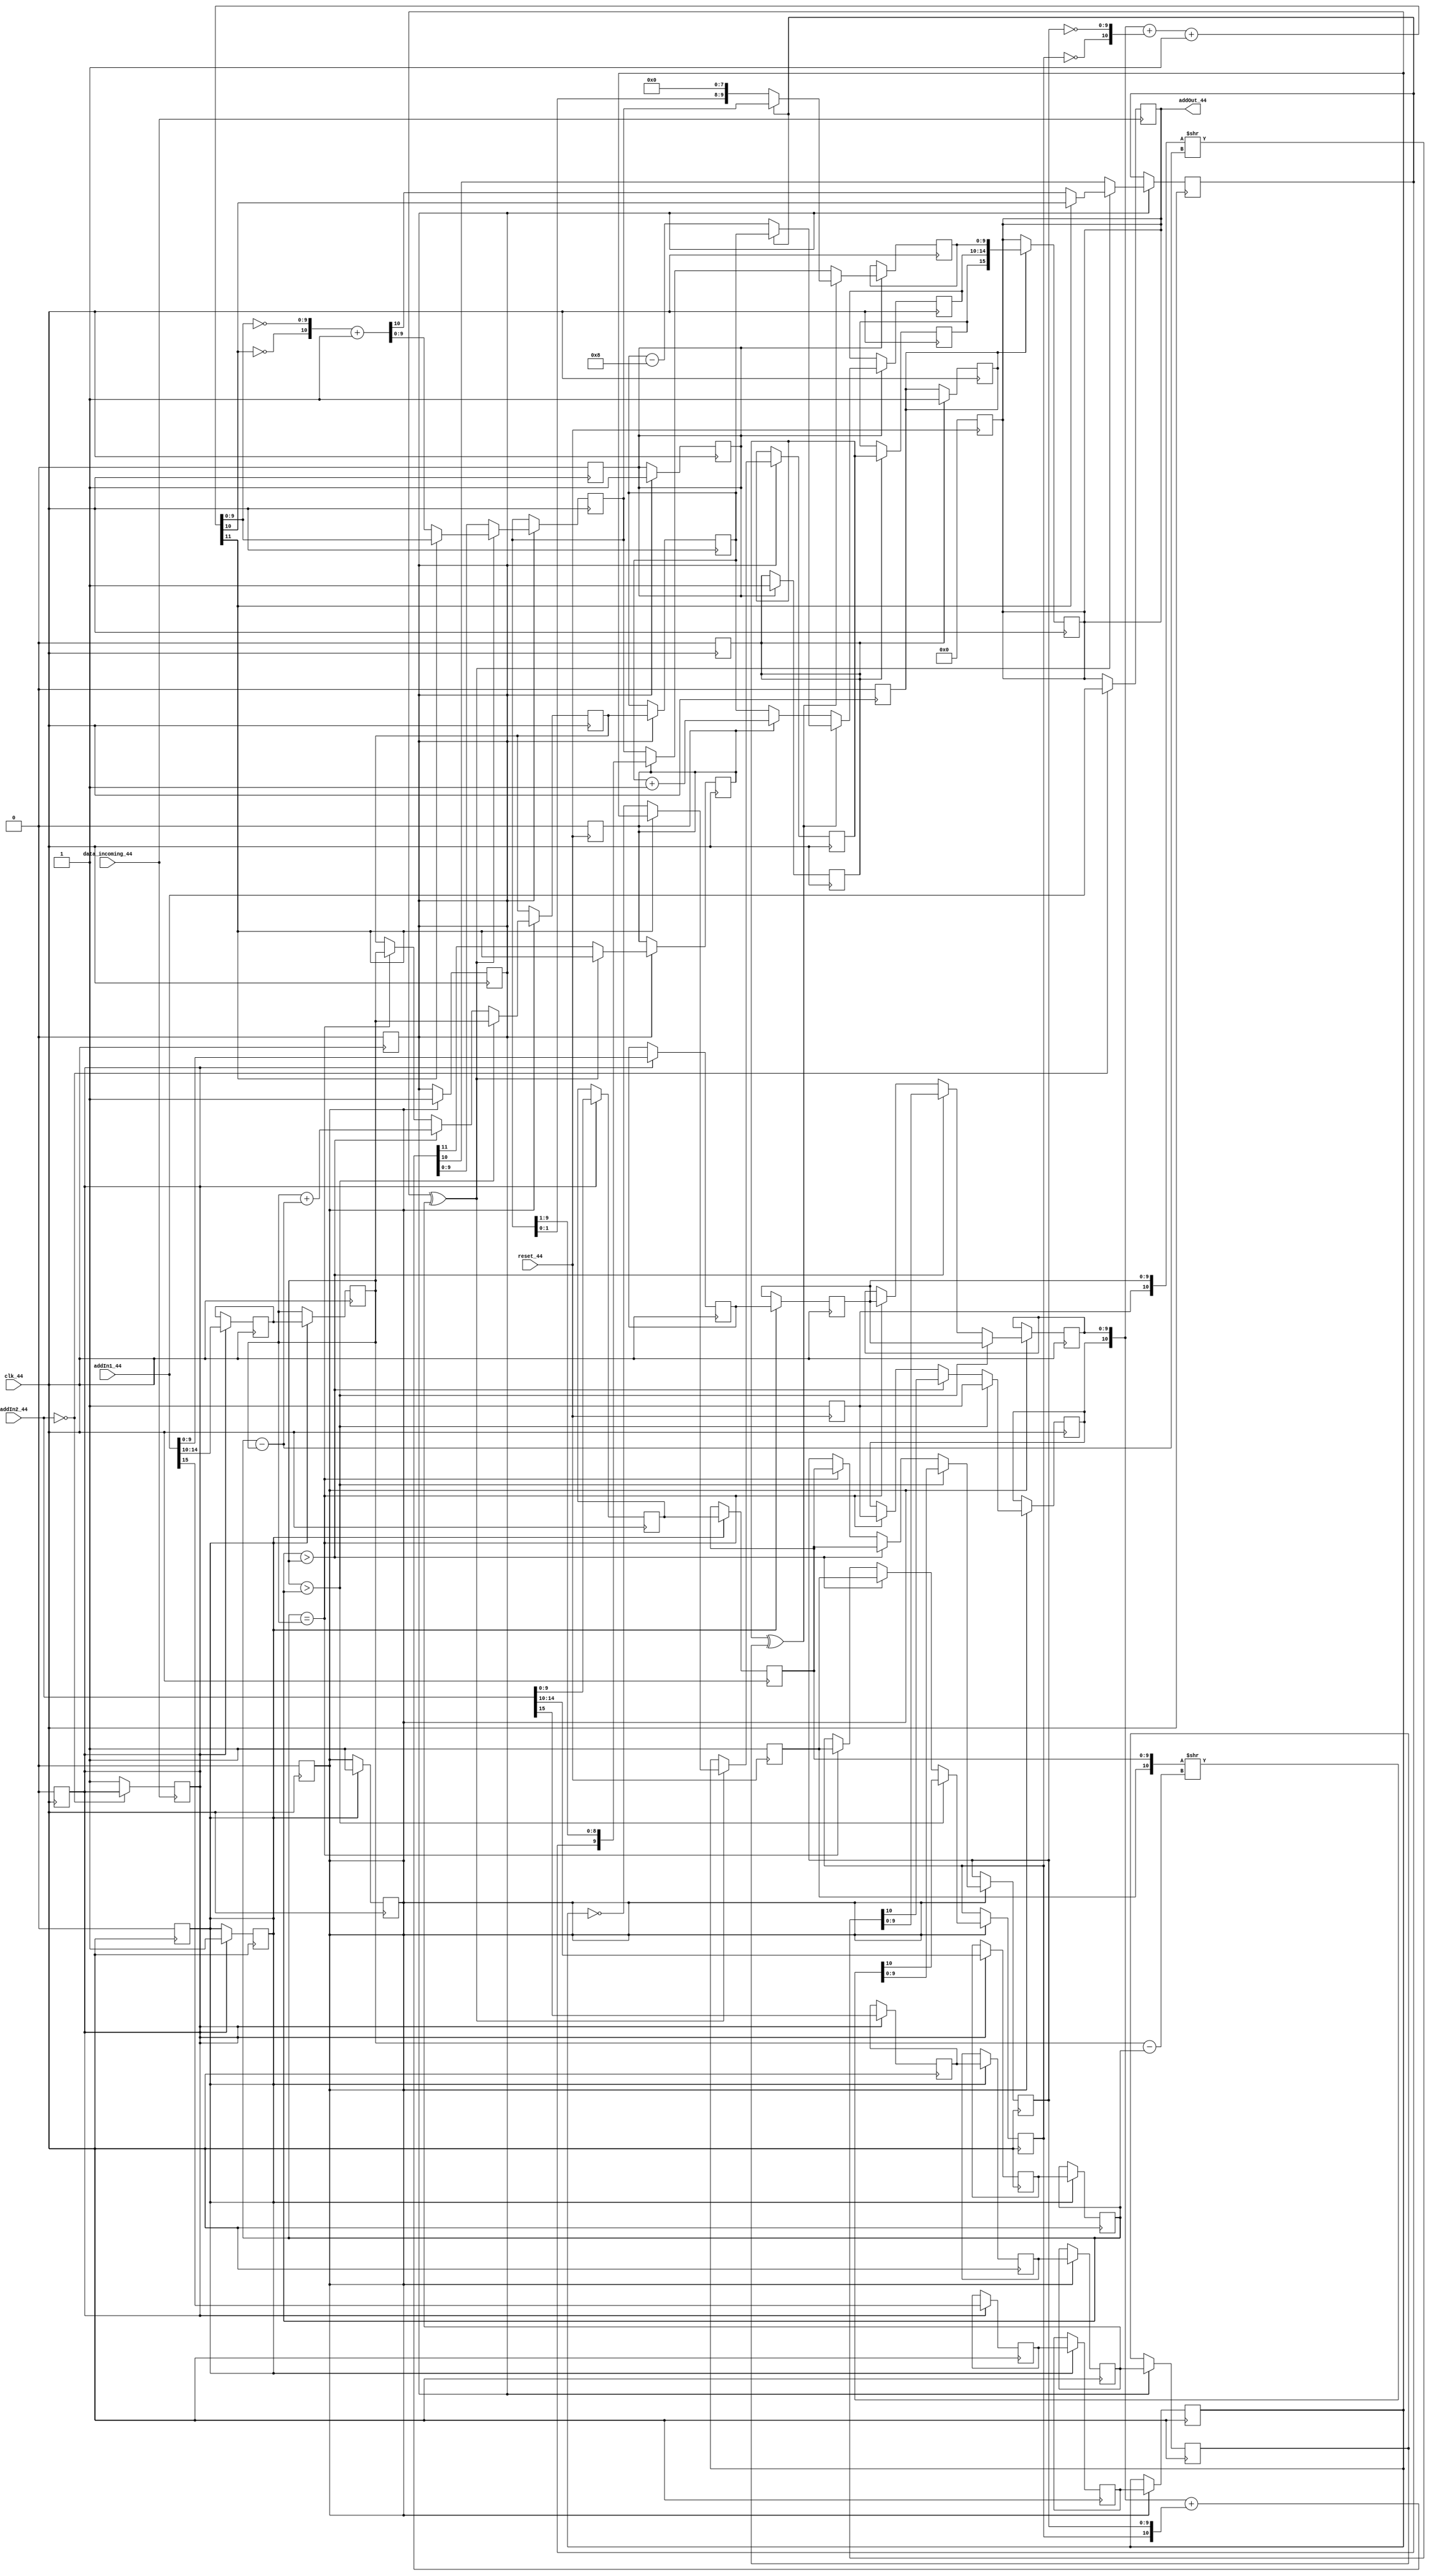


module myFloatAdd (addIn1_44,addIn2_44,addOut_44,clk_44,reset_44, data_incoming_44);

parameter	REG_SIZE = 16;
parameter	EXP_SIZE = 5;
parameter	FRA_SIZE = 10;
parameter	BIAS	 = 15;

input clk_44, reset_44, data_incoming_44;
input [REG_SIZE-1:0] addIn1_44,addIn2_44; // input data 
output reg [REG_SIZE-1:0] addOut_44; // summation result
reg d0,d1,d2,d3,d4,d5,data_ready, s1,s2,sr,read_en, E, A1,B1,A1_12, B1_12,A1_out,s1_12,s2_12,s1_23,s2_23,A1_23,E_23, done, norm_en,s1_t,s2_t,s1_out,s2_out; //sign bits
reg [EXP_SIZE-1:0] e1,e2,er,e1_12,e1_23,e2_12,e2_23,e1_t,e2_t,e1_out,e2_out;
reg [FRA_SIZE-1:0] f1,f2,fr,f1_12,f1_23,f2_12,f2_23,f1_t,f2_t,f1_out,f2_out;


function [FRA_SIZE-1:0] findOne (input [REG_SIZE-1:0] a);
/* count the number of iterations needed to find first 1 in input a*/
integer i;
reg [REG_SIZE-1:0] count;
begin 
	count = 16'b0;	
	for (i = FRA_SIZE-2; i>0; i=i-1) begin
		count = count+1;
		if (a[i] == 1) i = 0;
	end
	findOne = count;
	$display ("The shift amount is %d", findOne);
end
	
endfunction

//RESET initializations
always @ (negedge reset_44) begin

	E_23 =1'b0;
	done = 1'b1;
	A1 =1'b1;
	B1 =1'b1;
	read_en =1'b1;
	addOut_44 = 16'b0;
	$display("----> we start as this %b", addOut_44);
end

always @ (posedge data_incoming_44) begin
	
	if (!addIn2_44) begin
	addOut_44 <= addIn1_44;
	end
	else data_ready <= 1'b1;
	$display("----> 1.now this this %b", addOut_44);

end


//------------------------------------------------------------------------------------
always @ (posedge clk_44) begin 
if(data_ready) begin
	data_ready <= 1'b0;

	//break into components (sign, fraction, exponent)

	s1_t <= addIn1_44[REG_SIZE-1]; 
	s2_t <= addIn2_44[REG_SIZE-1]; // sign bits

	e1_t <= addIn1_44[REG_SIZE-2:REG_SIZE-EXP_SIZE-1];
	e2_t <= addIn2_44[REG_SIZE-2:REG_SIZE-EXP_SIZE-1];			 // exponents

	f1_t <= addIn1_44[FRA_SIZE-1:0];
	f2_t <= addIn2_44[FRA_SIZE-1:0]; 					// fractions

	d0 <= 1'b1;
	//$display("----> 1.now this this %b %b", addOut_44, {);
end
end

//input pipeline stage
always @ (posedge clk_44) begin 

if (d0) begin
	f1 <= f1_t;
	f2 <= f2_t;
	s1 <= s1_t;
	s2 <= s2_t;
	e1 <= e1_t;
	e2 <= e2_t;
	
	d0 <= 1'b0;
	d1 <= 1'b1;
end

end 



//-----------------------------------------------------------------------------
//compare exponents and align if needed

always @ (posedge clk_44) begin 
if (d1) begin
	$display("********1.BEGIN COMPARION OF EXPONENTS********"); 
	if (e1>e2) begin
	$display("E1>E2");
		{B1_12,f2_12} <= {B1,f2} >> (e1-e2);
		{A1_12,f1_12} <= {A1,f1};
		e2_12 <= e2 + (e1-e2);
		e1_12 <= e1;
		$display("{B1,f2} = %b, {B1_12,f2_12} = %b", {B1,f2},{B1_12,f2_12} );
	end

	else if (e2>e1) begin
	$display("E2>E1");	
		{A1_12,f1_12} <= {A1,f1} >> (e2-e1);
		{B1_12,f2_12} <= {B1,f2};
		e1_12 <= e1 + (e2-e1);
		e2_12 <= e2;
	end
	
	else if (e2==e1) begin
		{A1_12,f1_12} <= {A1,f1};
		{B1_12,f2_12} <= {B1,f2};
		e1_12 <= e1;
		e2_12 <= e2;
	end

	// stage 1->2 registers
	$display("********PIPELINE STAGE 1->2********"); 
	//f1_12 <= f1;
	//f2_12 <= f2;
	s1_12 <= s1;
	s2_12 <= s2;
	//e1_12 <= e1;
	//e2_12 <= e2;
	//A1_12 <= A1;
	//B1_12 <= B1;
	d1 <= 1'b0;
	d2 <= 1'b1;
end
end 

//----------------------------------------------------------------------------------------


//mantissa addition
always @ (posedge clk_44) begin
if(d2) begin
	$display("********2.BEGIN ADDITION******** , {A1_12,f1_12}= %b and {B1_12,f2_12}= %b @ time %t", {A1_12,f1_12}, {B1_12,f2_12}, $time); 
	if (!(s1_12^s2_12)) begin
		$display("********THE SIGNS ARE THE SAME********, @ time %t", $time);
		{E_23,A1_23,f1_23} = {A1_12,f1_12} + {B1_12,f2_12}; // if same sign
		s1_23 = s1_12;
	end
	else if ((s1_12^s2_12)) begin 													//if sign bit is 1
		$display("********THE SIGNS ARE DIFFERENT********, @ time %t", $time); 
		{E_23,A1_23,f1_23} = {A1_12,f1_12} + {~B1_12,~f2_12} + 1'b1;
		$display("\n\n\n IN TEST RESULTS {E_23,A1_23,f1_23}= %b s1_12=%b s2_12=%b \n\n\n ",{E_23,A1_23,f1_23}, s1_12, s2_12 );
		if (!E_23) begin
			{A1_23,f1_23} = {~A1_23,~f1_23} +1'b1; //??????????
			s1_23 = ~s1_12;
			$display("\n AFTER MANTISSA ADDITION with E_23=0 results are\nA1_23= %b, f1_23=%b",A1_23, f1_23);
		end
		else begin
			
		s1_23 = s1_12;
		
		end
	end

	//stage 2->3 registers

	$display("********PIPELINE STAGE 2->3********"); 
	//f1_23 <= f1_12;
	f2_23 = f2_12;
	//s1_23 <= s1_12;
	s2_23 = s2_12;
	e1_23 = e1_12;
	e2_23 = e2_12;
	//A1_23 <= A1;
	//E_23 <= E;
	//norm_en <=1'b1;
	d2 = 1'b0;
	d3 = 1'b1;
	$display("\n\n\n (2)IN TEST RESULTS s1_23= %b , A1_23= %b, E_23 = %b, f1_23=%b \n\n\n ", s1_23, A1_23, E_23, f1_23);
end
end




//normalization
always @ (posedge clk_44 ) begin // && norm_en?
if (d3) begin
	d3 <= 1'b0;
	d4 <= 1'b1;
	$display("********3.BEGIN NORMALIZATION********, s1_23= %b, A1_23= %b, E_23 = %b", s1_23, A1_23, E_23); 
	$display("\n\n\n (3)IN TEST RESULTS s1_23= %b , A1_23= %b, E_23 = %b, f1_23=%b \n\n\n ", s1_23, A1_23, E_23, f1_23);
	if (s1_23^s2_23) begin 					//if sign bit is 1
		$display("BEFORE RUNNING...\nA1_23=%b\t{A1_23,f1_23}=%b",A1_23,{A1_23,f1_23});
		if (!A1_23) begin
			{A1_out,f1_out} <= {A1_23,f1_23} << findOne(f1_23);
			e1_out <= e1_23 - findOne(f1_23);
			$display("RUNNING...\nA1_23=%b\t{A1_23,f1_23}=%b",A1_23,{A1_23,f1_23});
			end
		if (A1_23) begin
			{A1_out,f1_out} <= {A1_23,f1_23};
			e1_out <= e1_23;
			done <= 1;
			$display("=============\n\DONE CUZ NO NORMALIZATION NEEDED\n\n==============");
		end
		
	end
	else begin
		if(E_23) begin
			{A1_out,f1_out} <= {A1_23,f1_23} >> 1;
			A1_out <= E_23;
			e1_out <= e1_23 + 1'b1;
			done <= 1;
			$display("=============\n\DONE NORMALIZING\n\n==============");
		end
		else begin
			{A1_out,f1_out} <= {A1_23,f1_23};
			e1_out <= e1_23;
			done <= 1;
		end
	end
end
end

// output pipeline regs
always @ (posedge clk_44) begin
if (d4) begin
	//f1_out <= f1_23;
	f2_out <= f2_23;
	s1_out <= s1_23;
	s2_out <= s2_23;
	//e1_out <= e1_23;
	e2_out <= e2_23;
	d4 <= 1'b0;
	d5 <= 1'b1;
end
end


//combine parts back into 16 bit float
always @ (posedge clk_44) begin
if (d5) begin
	$display("********4.SAVE THE RESULT********"); 
	addOut_44 <= {s1_out, e1_out, f1_out};
	if (addOut_44 != 16'bx) done <= 0;
	$display("^^^^^^^^^^^^^\n\nDONE\n\n^^^^^^^^^^^^^^^");
	d5 <= 1'b0;
end	
end









endmodule